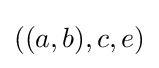
((a,b),c,e)